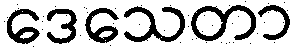
ဒေသေတာ